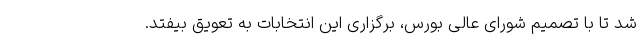
شد تا با تصمیم شورای عالی بورس، برگزاری این انتخابات به تعویق بیفتد.